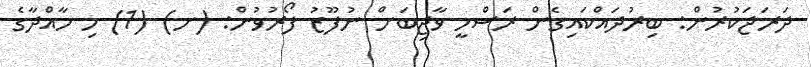
ދަރަޖަކުރުން: ބިރުދައްކައިގެން ރަސްމީ ވާޖިބަށް ނުފޫޒު ފޯރުވުން: (ށ) (1) މި މާއްދާގެ